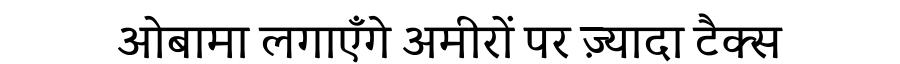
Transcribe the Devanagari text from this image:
ओबामा लगाएँगे अमीरों पर ज़्यादा टैक्स